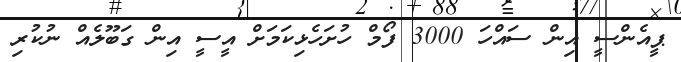
ޕީއެންސީ އިން ސައްހަ 3000 ފޯމް ހުށަހެޅިކަމަށް އީސީ އިން ގަބޫލެއް ނުކުރި